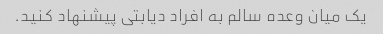
یک میان وعده سالم به افراد دیابتی پیشنهاد کنید.